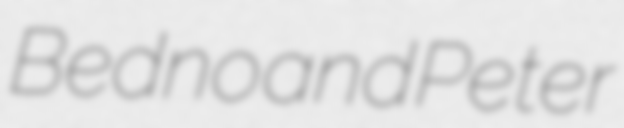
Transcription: Bedno and Peter